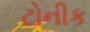
ટોનીક